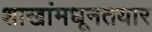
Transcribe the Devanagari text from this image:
शाखांमधूनतयार